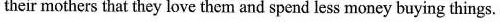
their mothers that they love them and spend less money buying things.